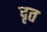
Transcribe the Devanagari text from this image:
दृत